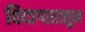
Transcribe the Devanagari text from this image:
विदागारातून